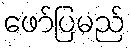
ဖော်ပြမည်